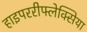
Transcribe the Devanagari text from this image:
हाइपररीफ्लेक्सिया